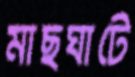
মাছঘাটে